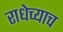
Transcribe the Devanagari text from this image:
राधेच्याच